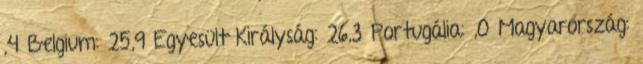
,4 Belgium: 25,9 Egyesült Királyság: 26,3 Portugália: ,0 Magyarország: